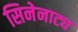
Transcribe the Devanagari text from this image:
सिनेनाट्य